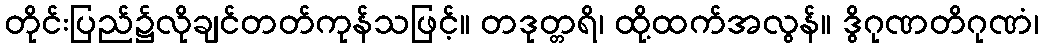
တိုင်းပြည်၌လိုချင်တတ်ကုန်သဖြင့်။ တဒုတ္တရိ၊ ထို့ထက်အလွန်။ ဒွိဂုဏတိဂုဏံ၊